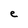
Character: e